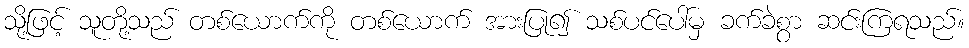
သို့ဖြင့် သူတို့သည် တစ်ယောက်ကို တစ်ယောက် အားပြု၍ သစ်ပင်ပေါ်မှ ခက်ခဲစွာ ဆင်းကြရသည်။